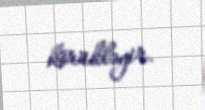
körükləyir.